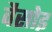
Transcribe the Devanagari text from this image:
वैसोइ